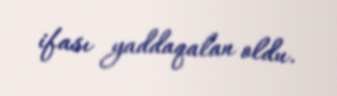
ifası yaddaqalan oldu.